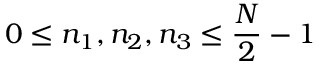
0 \leq n _ { 1 } , n _ { 2 } , n _ { 3 } \leq { \frac { N } { 2 } } - 1